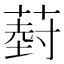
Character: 𮐦